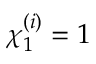
\chi _ { 1 } ^ { ( i ) } = 1